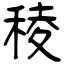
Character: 稜